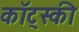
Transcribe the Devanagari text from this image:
कॉट्स्की